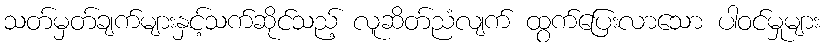
သတ်မှတ်ချက်များနှင့်သက်ဆိုင်သည့် လူဆိတ်ညံလျက် ထွက်ပြေးလာသော ပါဝင်မှုများ